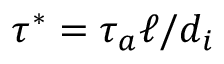
\tau ^ { * } = \tau _ { a } \ell / d _ { i }